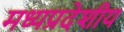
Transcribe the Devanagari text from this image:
मध्यप्रदेशीय